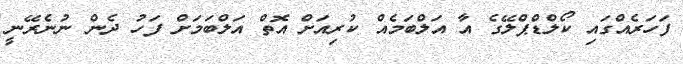
ފަހަރެއްގައި ކޯލްޑްޕްލޭގެ އާ އަލްބަމެއް ކުރިއަށް އޮތް އަލްބަމަށް ފަހު ދެން ނުނެރޭނީ